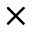
\times